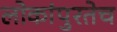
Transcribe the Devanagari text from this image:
लोकांपुरतेच